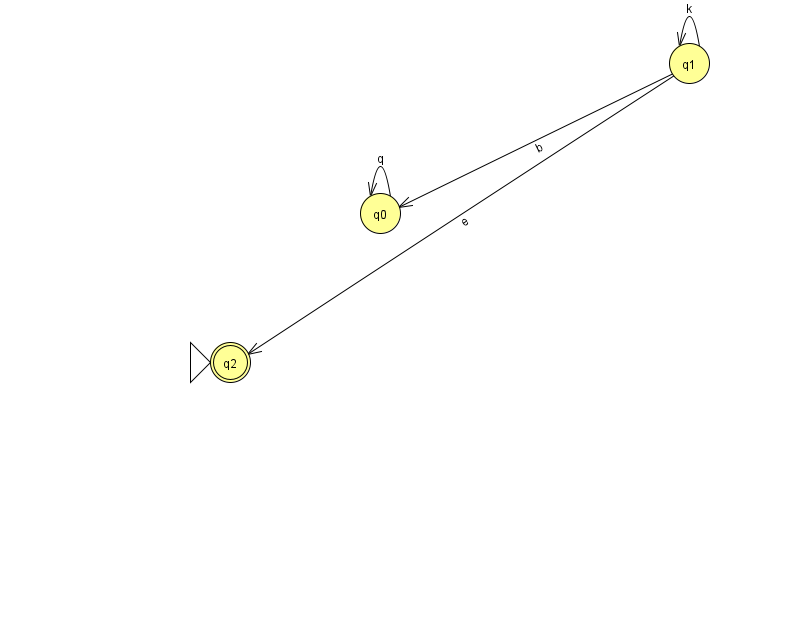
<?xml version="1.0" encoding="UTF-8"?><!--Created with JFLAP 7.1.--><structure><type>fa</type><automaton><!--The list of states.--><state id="0" name="q0"><x>380.0</x><y>200.0</y></state><state id="1" name="q1"><x>689.0</x><y>50.0</y></state><state id="2" name="q2"><x>230.0</x><y>349.0</y><initial/><final/></state><!--The list of transitions.--><transition><from>0</from><to>0</to><read>q</read></transition><transition><from>1</from><to>1</to><read>k</read></transition><transition><from>1</from><to>2</to><read>e</read></transition><transition><from>1</from><to>0</to><read>b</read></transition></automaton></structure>